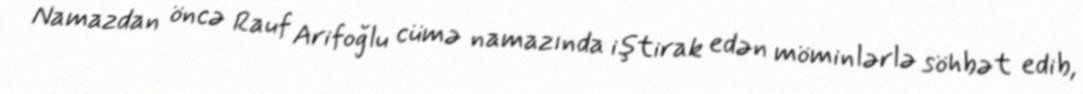
Namazdan öncə Rauf Arifoğlu cümə namazında iştirak edən möminlərlə söhbət edib,